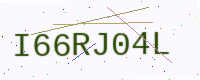
Text: I66RJ04L